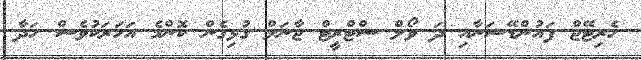
ހެރިޓޭޖް ފައުންޑޭޝަނާއި ދަ ވޯލް ސްޓްރީޓް ޖާނަލް ގުޅިގެން ކޮންމެ އަހަރަކުވެސް ހަދާ